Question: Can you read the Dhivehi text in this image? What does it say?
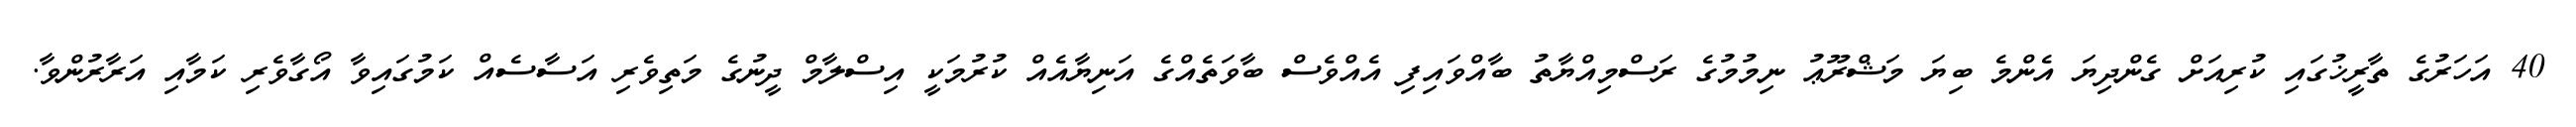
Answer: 40 އަހަރުގެ ތާރީޚުގައި ކުރިއަށް ގެންދިޔަ އެންމެ ބިޔަ މަޝްރޫޢު ނިމުމުގެ ރަސްމިއްޔާތު ބާއްވައިފި އެއްވެސް ބާވަތެއްގެ އަނިޔާއެއް ކުރުމަކީ އިސްލާމް ދީނުގެ މަތިވެރި އަސާސެއް ކަމުގައިވާ އޯގާވެރި ކަމާއި އަރާރުންވާ.